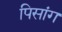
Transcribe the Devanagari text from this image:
पिसांग